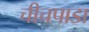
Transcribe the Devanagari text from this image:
चीचपाडा